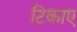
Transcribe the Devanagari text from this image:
टिकाए